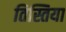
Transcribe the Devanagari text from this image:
तिस्तिया